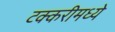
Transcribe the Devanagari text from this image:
टक्करीमध्ये